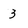
Character: 3